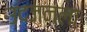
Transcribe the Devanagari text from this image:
उदजनला